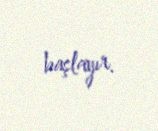
başlayır.